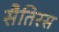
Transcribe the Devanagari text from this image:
सैतिरस